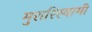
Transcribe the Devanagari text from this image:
मुरारिस्वामी